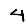
Digit: 4